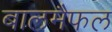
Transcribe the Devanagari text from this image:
बालमैफल